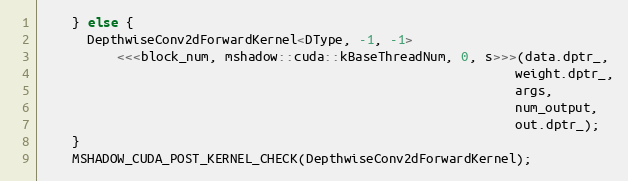
Language: C
    } else {
      DepthwiseConv2dForwardKernel<DType, -1, -1>
          <<<block_num, mshadow::cuda::kBaseThreadNum, 0, s>>>(data.dptr_,
                                                               weight.dptr_,
                                                               args,
                                                               num_output,
                                                               out.dptr_);
    }
    MSHADOW_CUDA_POST_KERNEL_CHECK(DepthwiseConv2dForwardKernel);